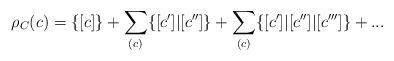
LaTeX: \begin{align*}\rho_C(c)= \{ [c ] \} + \sum_{(c)} \{ [c' ] | [c''] \} + \sum_{(c)} \{ [c' ] | [c'' ] | [c'''] \} + ... \end{align*}